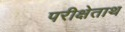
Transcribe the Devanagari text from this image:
परीक्षेताथ